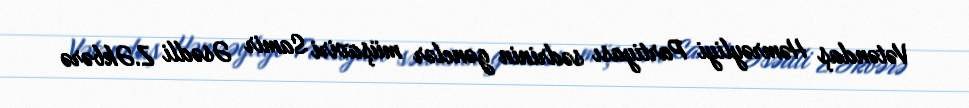
Vətəndaş Həmrəyliyi Partiyası sədrinin gənclər müşaviri Samir Əsədli Z.Əkbərə